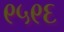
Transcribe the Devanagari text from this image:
९५९६